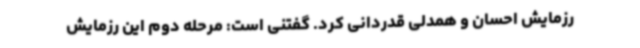
رزمایش احسان و همدلی قدردانی کرد. گفتنی است: مرحله دوم این رزمایش